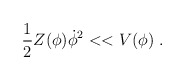
\begin{align*}\frac{1}{2} Z (\phi) \dot{\phi}^2 << V(\phi) ~.\end{align*}